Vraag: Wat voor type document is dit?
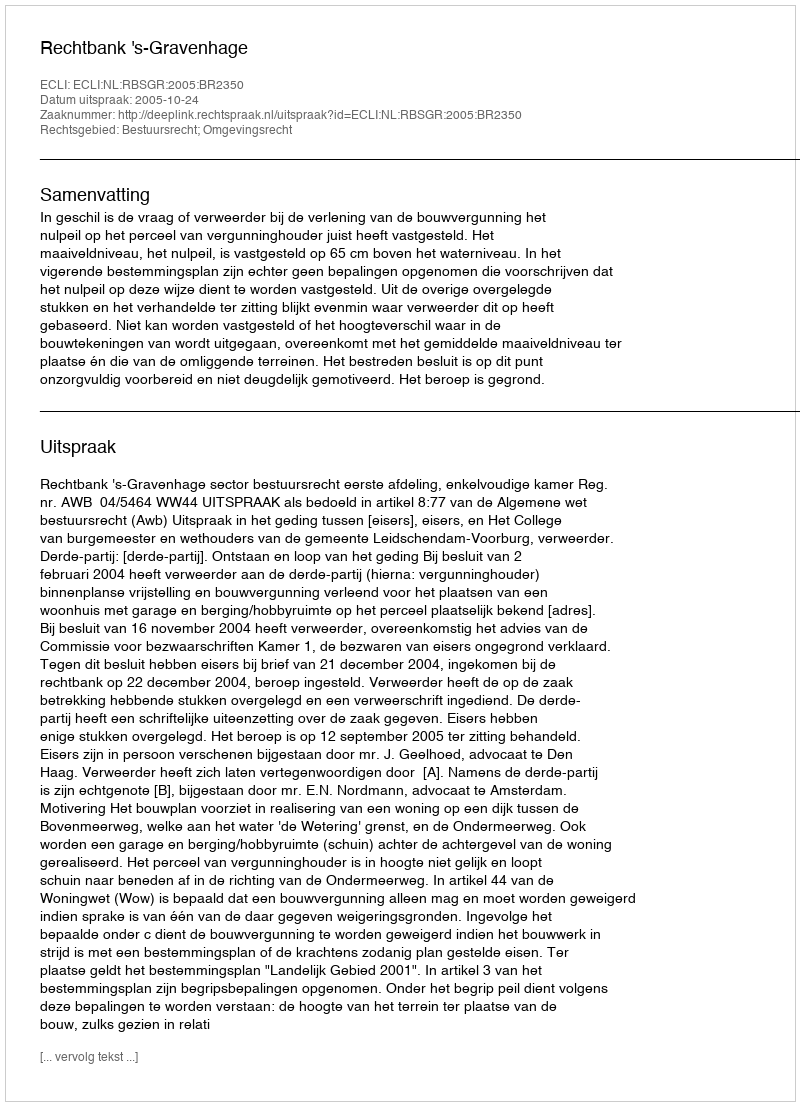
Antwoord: Uitspraak